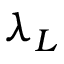
\lambda _ { L }